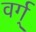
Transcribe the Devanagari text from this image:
वर्ग्